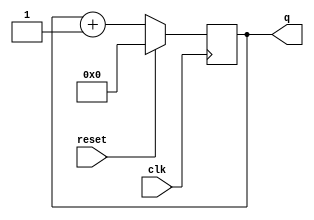
module top_module (
    input clk,
    input reset,      // Synchronous active-high reset
    output [3:0] q);

    initial 
        q = 4'd0;
    
    always @(posedge clk)
        if(reset)
            q = 4'd0;
    	else
            q = q + 1'b1;
endmodule